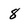
Character: 8